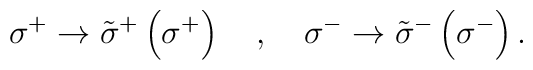
\sigma^+ \rightarrow\tilde{\sigma}^+\left(\sigma^+\right)\,\,\,\,\,\, , \,\,\,\,\,\, \sigma^-\rightarrow \tilde{\sigma}^-\left(\sigma^-\right) .